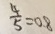
\frac { 4 } { 5 } = 0 . 8